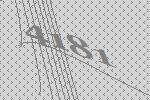
4181